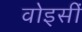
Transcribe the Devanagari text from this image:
वोइसीं